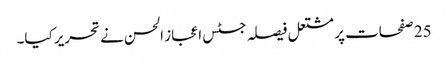
25 صفحات پر مشتعل فیصلہ جسٹس اعجاز الحسن نے تحریر کیا۔